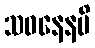
သဝနေနပိ